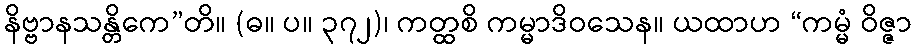
နိဗ္ဗာနသန္တိကေ”တိ။ (ဓ။ ပ။ ၃၇၂)၊ ကတ္ထစိ ကမ္မာဒိဝသေန။ ယထာဟ “ကမ္မံ ဝိဇ္ဇာ